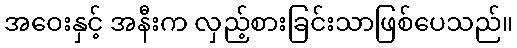
အဝေးနှင့် အနီးက လှည့်စားခြင်းသာဖြစ်ပေသည်။